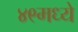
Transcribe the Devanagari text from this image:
४९मध्ये